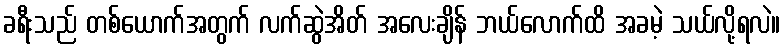
ခရီးသည် တစ်ယောက်အတွက် လက်ဆွဲအိတ် အလေးချိန် ဘယ်လောက်ထိ အခမဲ့ သယ်လို့ရလဲ။